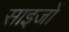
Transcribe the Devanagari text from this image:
साइजों